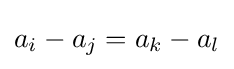
a_{i}-a_{j}=a_{k}-a_{l}